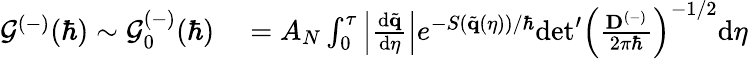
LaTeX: \begin{array}{rl}{\mathcal{G}^{(-)}(\hbar)\sim\mathcal{G}_{0}^{(-)}(\hbar)}&{{}=A_{N}\int_{0}^{\tau}\left|\frac{\mathrm{d}\tilde{\mathbf{q}}}{\mathrm{d}\eta}\right|e^{-S(\tilde{\mathbf{q}}(\eta))/\hbar}\mathrm{det}^{\prime}\left(\frac{\mathbf{D}^{(-)}}{2\pi\hbar}\right)^{-1/2}\mathrm{d}\eta}\end{array}